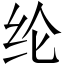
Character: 纶